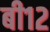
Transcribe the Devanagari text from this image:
बी१२